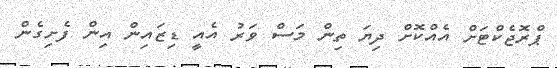
ޕްރޮޖެކްޓަށް އެއްކޮށް ދިޔަ ތިން މަސް ވަރު އެއީ ޑިޒައިން އިން ފެށިގެން